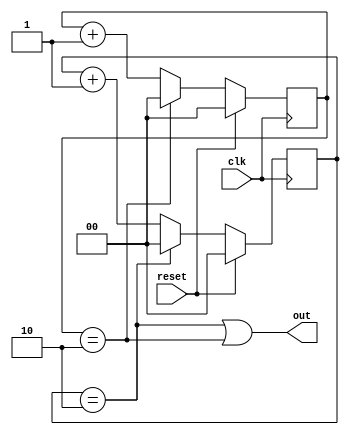
// This program was cloned from: https://github.com/Mariam-Katamashvili/Veri-Simple
// License: MIT License

module clock_divider (clk, reset, out);
	input clk; //input clock signal
	input reset; //asynchronous reset signal
	output wire out; //output signal

	reg [1:0] count_pos; //register to count positive edges
	reg [1:0] count_neg; //register to count negative edges
  
        //positive edge counter
	always @ (posedge clk) //using posedge to detect rising edges
	begin 
		//<= is a non-blocking assignment, which means that the value of count_pos is updated concurrently with the rest of the circuit. 
		if (reset) count_pos <= 0; //when reset is asserted (set to 1) counter is asserted to 0.
		//if counter reaches 2, reset counter because 2 rising edges means that there are 3 edges in total 
		//and we have to represent it as 1 according to the task
		else if (count_pos == 2) count_pos <= 0;  
		else count_pos <= count_pos + 1; //increment the counter
		
	end 
	
	//negative edge counter
	always @ (negedge clk) //using negedge tp detect falling edges
	begin 
		//<= is a non-blocking assignment, which means that the value of count_neg is updated concurrently with the rest of the circuit. 
		if (reset) count_neg <= 0; //when reset is asserted (set to 1) counter is asserted to 0.
		//if counter reaches 2, reset counter because 2 falling edges means that there are 3 edges in total 
		//and we have to represent it as 1 according to the task
		else if (count_neg == 2) count_neg <= 0;
		else count_neg <= count_neg + 1; //increment the counter
	end
	
	//output
	assign out = ((count_pos == 2) | (count_neg == 2)); //output is asserted when either counter reaches 2
endmodule